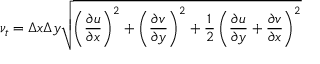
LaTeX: \nu _ { t } = \Delta x \Delta y { \sqrt { \left( { \frac { \partial u } { \partial x } } \right) ^ { 2 } + \left( { \frac { \partial v } { \partial y } } \right) ^ { 2 } + { \frac { 1 } { 2 } } \left( { \frac { \partial u } { \partial y } } + { \frac { \partial v } { \partial x } } \right) ^ { 2 } } }